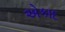
એકાદ